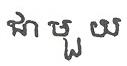
ជាមួយ